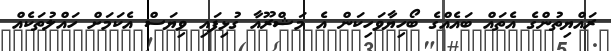
ރައްޔިތުންގެ އެތައް ބައެއްގެ ބޯހިޔާވަހިކަން އެ މަޝްރޫއާ ގުޅިފައި ވިޔަސް އެކަމަށް ހައްލުތަކެއް